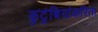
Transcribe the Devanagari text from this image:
कुटुंबियांकरिता